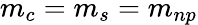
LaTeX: m_{c}=m_{s}=m_{np}